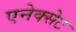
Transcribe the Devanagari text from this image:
एनेक्सेट